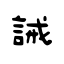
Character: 誡